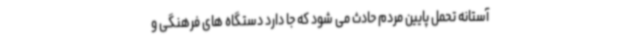
آستانه تحمل پایین مردم حادث می شود که جا دارد دستگاه های فرهنگی و